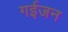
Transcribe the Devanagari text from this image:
गईजन